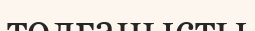
толғанысты